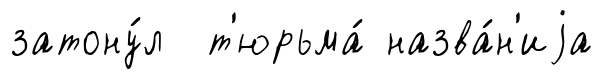
затону́л т'юрьма́ назва́н'иjа